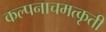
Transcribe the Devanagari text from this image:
कल्पनाचमत्कृती